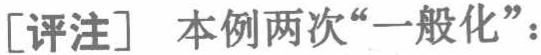
[评注] 本例两次“一般化”：